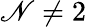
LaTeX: \mathscr{N}\neq2